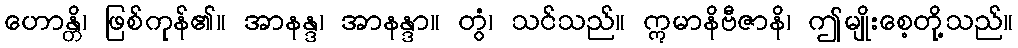
ဟောန္တိ၊ ဖြစ်ကုန်၏။ အာနန္ဒ၊ အာနန္ဒာ။ တွံ၊ သင်သည်။ ဣမာနိဗီဇာနိ၊ ဤမျိုးစေ့တို့သည်။